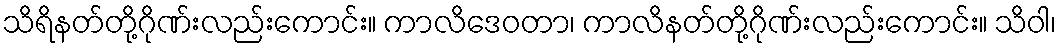
သိရိနတ်တို့ဂိုဏ်းလည်းကောင်း။ ကာလိဒေဝတာ၊ ကာလိနတ်တို့ဂိုဏ်းလည်းကောင်း။ သိဝါ၊